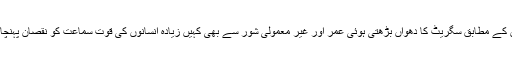
محققین کے مطابق سگریٹ کا دھواں بڑھتی ہوئی عُمر اور غیر معمولی شور سے بھی کہیں زیادہ انسانوں کی قوت سماعت کو نقصان پہنچاتا ہے۔